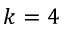
k = 4